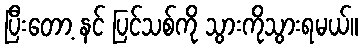
ပြီးတော့ နင် ပြင်သစ်ကို သွားကိုသွားရမယ်။